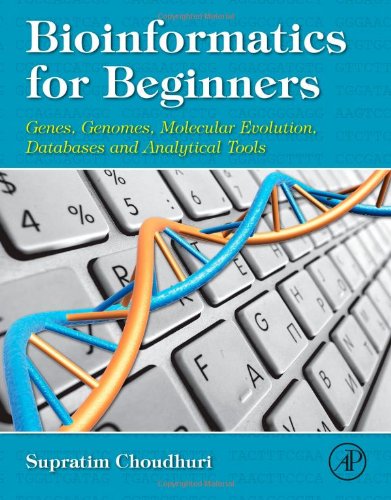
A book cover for Bioinformatics for Beginners: Genes, Genomes, Molecular Evolution, Databases and Analytical Tools; Supratim Choudhuri; Computers & Technology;